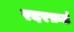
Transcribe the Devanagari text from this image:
रदरफ़र्ड